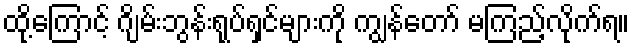
ထို့ကြောင့် ဂျိမ်းဘွန်းရုပ်ရှင်များကို ကျွန်တော် မကြည့်လိုက်ရ။